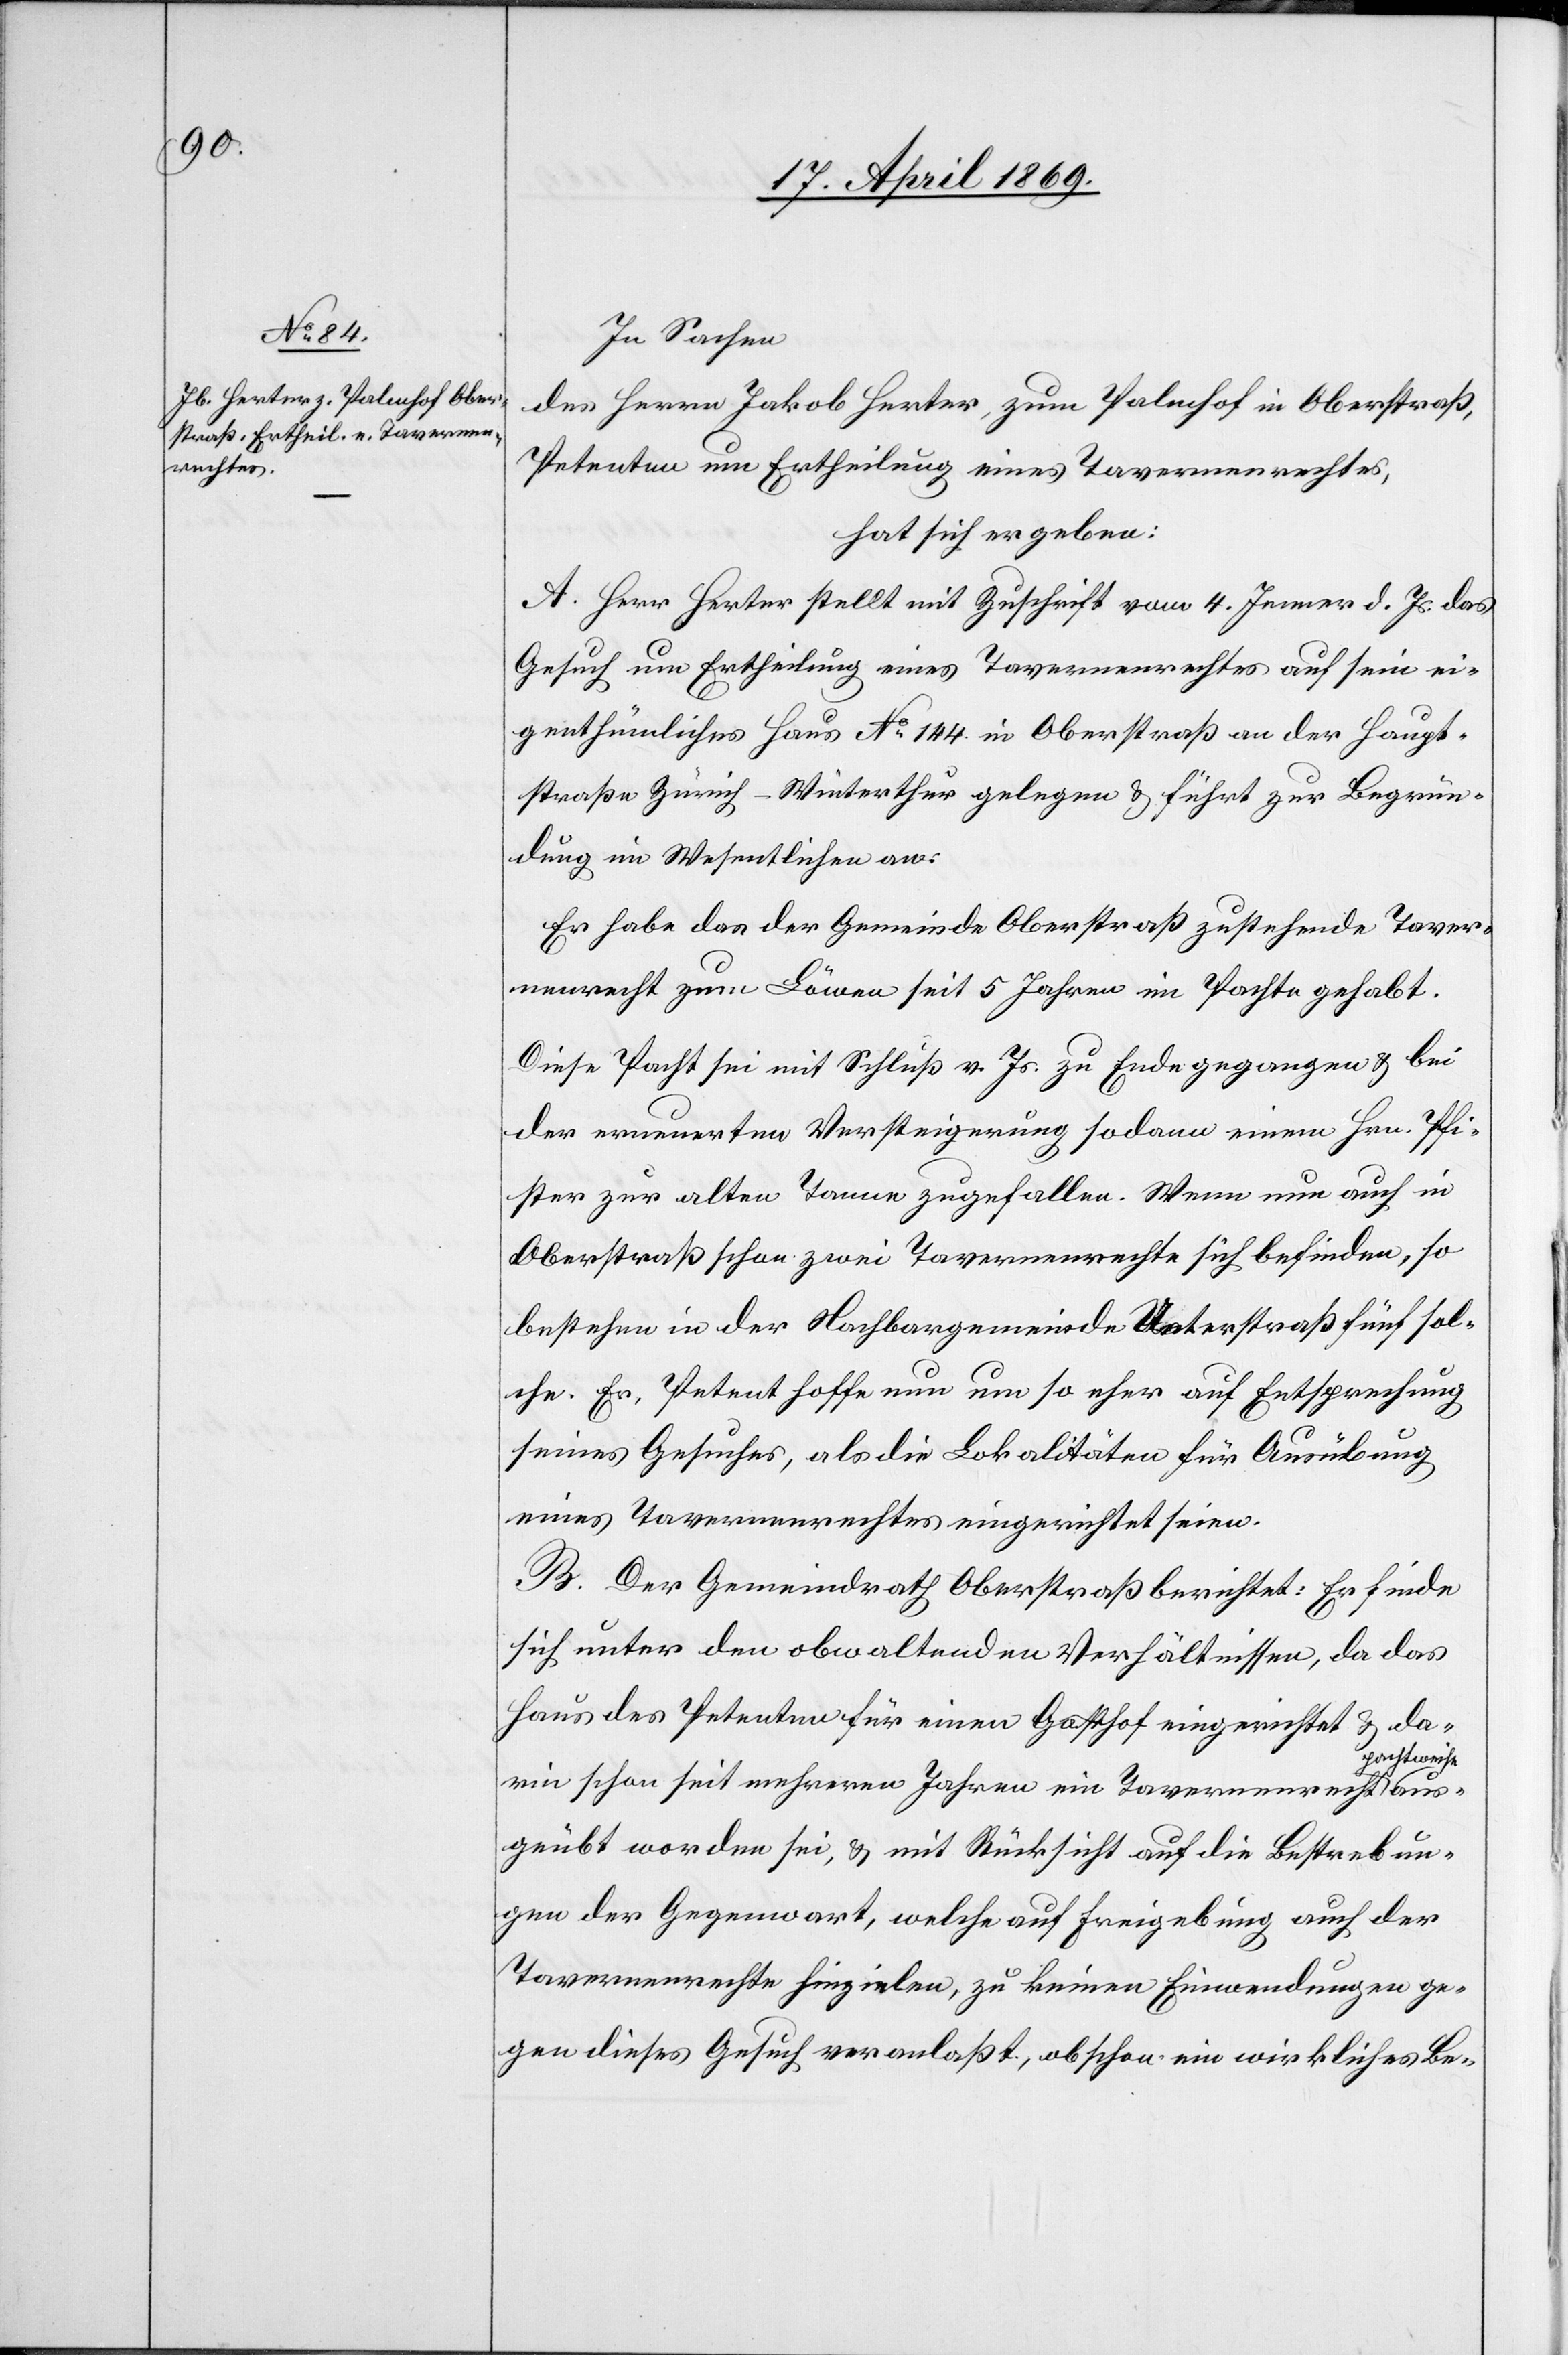
In Sachen
des Herrn Jakob Herter, zum Palmhof in Oberstraß,
Petenten um Ertheilung eines Tavernenrechtes,
hat sich ergeben:
A. Herr Herter stellt mit Zuschrift vom 4. Jenner d. Js. das
Gesuch um Ertheilung eines Tavernenrechtes auf sein ei¬
genthümliches Haus N° 144 in Oberstraß an der Haupt¬
straße Zürich–Winterthur gelegen u. führt zur Begrün¬
dung im Wesentlichen an:
Er habe das der Gemeinde Oberstraß zustehende Taver¬
nenrecht zum Löwen seit 5 Jahren im Pachte gehabt.
Diese Pacht sei mit Schluß v. Js. zu Ende gegangen u. bei
der erneuerten Versteigerung sodann einem Hrn. Pfi¬
au¬
ster zur alten Tanne zugefallen. Wenn nun auch in
Oberstraß schon zwei Tavernenrechte sich befinden, so
bestehen in der Nachbargemeinde Unterstraß fünf sol¬
che. Er, Petent hoffen nun um so eher auf Entsprechung
seines Gesuches, als die Lokalitäten für Ausübung
eines Tavernenrechtes eingerichtet seien.
B. Der Gemeindrath Oberstraß berichtet: Er finde
sich unter den obwaltenden Verhältnissen, da das
Haus des Petenten für einen Gasthof eingerichtet u. da¬
achtweise
rin schon seit mehreren Jahren ein Tavernenrecht p¬
sgeübt worden sei, u. mit Rücksicht auf die Bestrebun¬
gen der Gegenwart, welche auf Freigebung auch der
Tavernenrechte hinzielen, zu keinen Einwendungen ge¬
gen dieses Gesuch veranlaßt, obschon ein wirkliches Be-